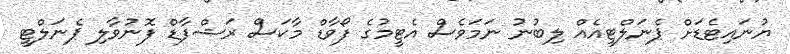
ޔުނައިޓެޑަށް ޕެނަލްޓީއެއް ލިބުނު ނަމަވެސް އެޓީމުގެ ފޯވާޑް މާކަސް ރަޝްފާޑް ފޮނުވާލި ޕެނަލްޓީ